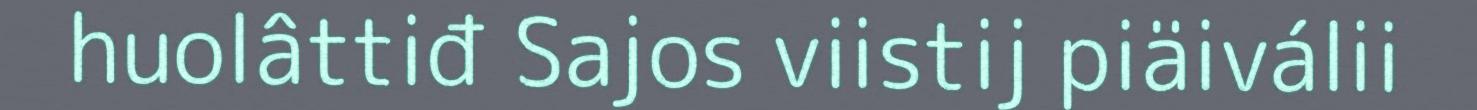
huolâttiđ Sajos viistij piäiválii